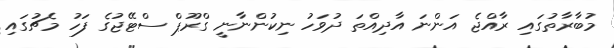
މުބާރާތުގައި ރާއްޖެ އަންނަ އާދިއްތަ ދުވަހު ނިކުންނާނީ ގްރޫޕް ސްޓޭޖުގެ ފަހު މެޗުގައި